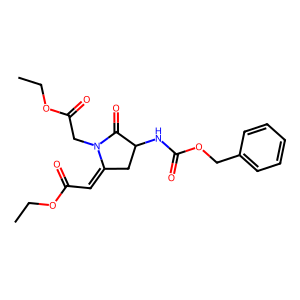
SMILES: CCOC(=O)C=C1CC(NC(=O)OCc2ccccc2)C(=O)N1CC(=O)OCC
Inhibits HIV replication: No